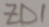
Text: ZD1